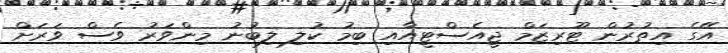
އޭގެ އިތުރުން ޓޫރިޒަމް ޖީއެސްޓީއާއި ބިމު ކުލި ލިބުނު މިންވަރު ވެސް ވަރަށް